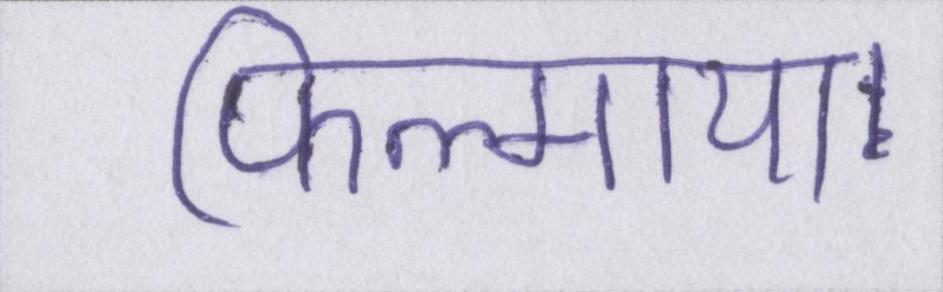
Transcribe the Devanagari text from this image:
फिल्माया